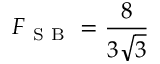
F _ { \mathrm { ~ S ~ B ~ } } = \frac { 8 } { 3 \sqrt { 3 } }